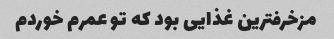
مزخرفترین غذایی بود که تو عمرم خوردم